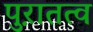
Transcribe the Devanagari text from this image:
पुऱातत्व